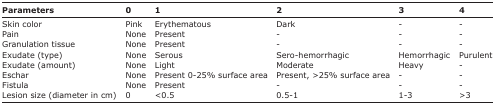
| Parameters | 0 | 1 | 2 | 3 | 4 |
 | --- | --- | --- | --- | --- | --- |
 | Skin color | Pink | Erythematous | Dark | - | - |
 | Pain | None | Present | - | - | - |
 | Granulation tissue | None | Present | - | - | - |
 | Exudate (type) | None | Serous | Serohemorrhagic | Hemorrhagic | Purulent |
 | Exudate (amount) | None | Light | Moderate | Heavy | - |
 | Eschar | None | Present 025% surface area | Present, >25% surface area | - | - |
 | Fistula | None | Present | - | - | - |
 | Lesion size (diameter in cm) | 0 | <0.5 | 0.51 | 13 | >3 |